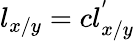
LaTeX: l_{x/y}=cl_{x/y}^{'}